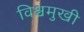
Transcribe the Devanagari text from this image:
विश्वमुखी